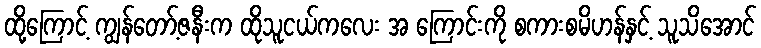
ထို့ကြောင့် ကျွန်တော့်ဇနီးက ထိုသူငယ်ကလေး အ ကြောင်းကို စကားစမိဟန်နှင့် သူသိအောင်